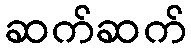
ဆက်ဆက်